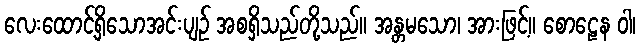
လေးထောင့်ရှိသောအင်းပျဉ် အစရှိသည်တို့သည်။ အန္တမသော၊ အားဖြင့်။ စောဠေန ဝါ၊